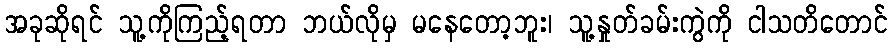
အခုဆိုရင် သူ့ကိုကြည့်ရတာ ဘယ်လိုမှ မနေတော့ဘူး၊ သူ့နှုတ်ခမ်းကွဲကို ငါသတိတောင်